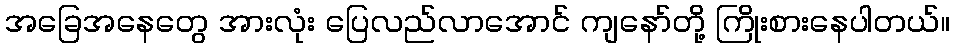
အခြေအနေတွေ အားလုံး ပြေလည်လာအောင် ကျနော်တို့ ကြိုးစားနေပါတယ်။